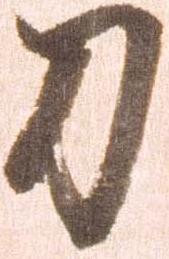
刀